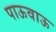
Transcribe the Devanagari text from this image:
पाऊवाऊ